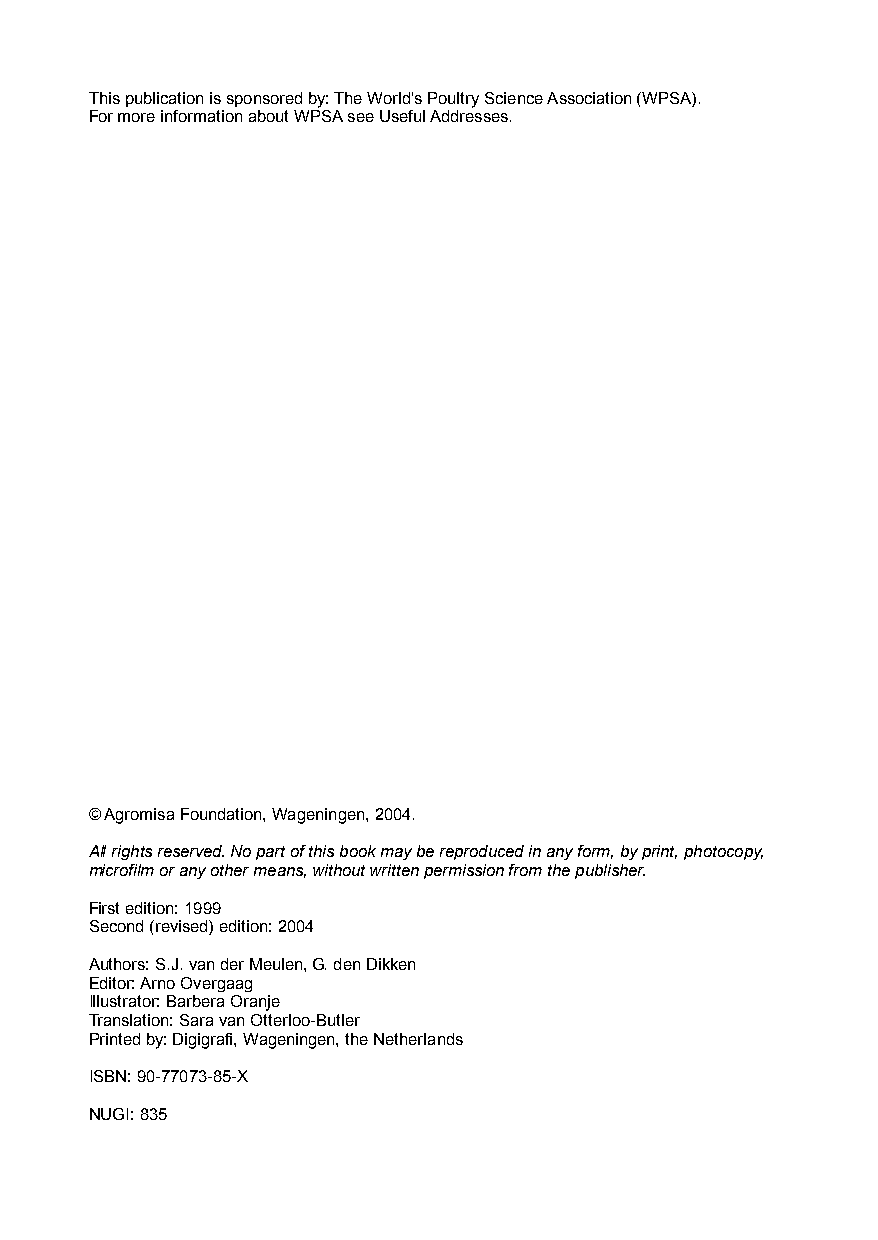
This publication is sponsored by: The World’s Poultry Science Association (WPSA).
 For more information about WPSA see Useful Addresses.
 ' Agromisa Foundation, Wageningen, 2004.
 All rights reserved. No part of this book may be reproduced in any form, by print, photocopy,
 microfilm or any other means, without written permission from the publisher.
 First edition: 1999
 Second (revised) edition: 2004
 Authors: S.J. van der Meulen, G. den Dikken
 Editor: Arno Overgaag
 Illustrator: Barbera Oranje
 Translation: Sara van Otterloo-Butler
 Printed by: Digigrafi, Wageningen, the Netherlands
 ISBN: 90-77073-85-X
 NUGI: 835